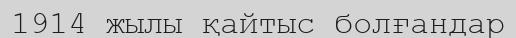
1914 жылы қайтыс болғандар